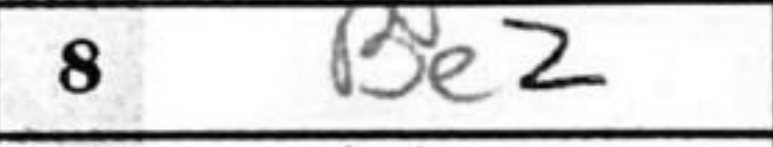
Transcription: Be2